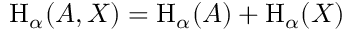
\mathrm { H } _ { \alpha } ( A , X ) = \mathrm { H } _ { \alpha } ( A ) + \mathrm { H } _ { \alpha } ( X )